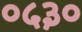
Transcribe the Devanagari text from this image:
०५३०